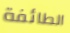
الطائفة